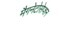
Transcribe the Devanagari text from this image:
मैगनेटोसेप्शन